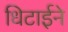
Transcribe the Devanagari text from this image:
धिटाईने